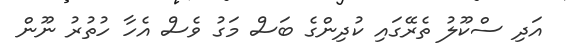
އަދި ސްކޫލު ތެރޭގައި ކުދިންގެ ބަސް މަގު ވެސް އެހާ ހުތުރު ނޫން